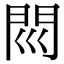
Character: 𨳖